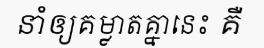
នាំឲ្យគម្លាតគ្នានេះ គឺ